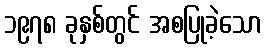
၁၉၇၈ ခုနှစ်တွင် အစပြုခဲ့သော